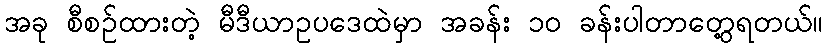
အခု စီစဉ်ထားတဲ့ မီဒီယာဥပဒေထဲမှာ အခန်း ၁၀ ခန်းပါတာတွေ့ရတယ်။